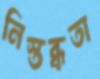
নিস্তব্ধতা